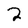
Character: 2